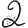
Digit: 2